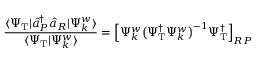
\frac { \langle \Psi _ { \mathrm { T } } | \hat { a } _ { P } ^ { \dagger } \hat { a } _ { R } | \Psi _ { k } ^ { w } \rangle } { \langle \Psi _ { \mathrm { T } } | \Psi _ { k } ^ { w } \rangle } = \Bigl [ \Psi _ { k } ^ { w } \big ( \Psi _ { \mathrm { T } } ^ { \dagger } \Psi _ { k } ^ { w } \big ) ^ { - 1 } \Psi _ { \mathrm { T } } ^ { \dagger } \Bigr ] _ { R P }